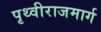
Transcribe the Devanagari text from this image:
पृथ्वीराजमार्ग